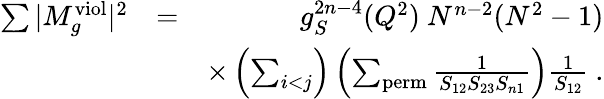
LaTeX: \begin{array}{rlr}{\sum\vert M_{g}^{\mathrm{viol}}\vert^{2}}&{=}&{g_{S}^{2n-4}(Q^{2})~N^{n-2}(N^{2}-1)}\\ &{}&{\times\left(\sum_{i<j}\right)\left(\sum_{\mathrm{perm}}\frac{1}{S_{12}S_{23}S_{n1}}\right)\frac{1}{S_{12}}~.}\end{array}